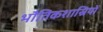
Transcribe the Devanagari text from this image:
भौतिकशास्रियों